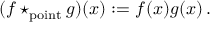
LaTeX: ( f \star _ { \mathrm { p o i n t } } g ) ( x ) : = f ( x ) g ( x ) \, .